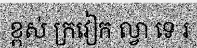
ខ្ពស់ ក្រវៀក ល្វា ទេ រ